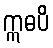
ဣဓပိ